65_HS1-834228961_62-HQ-83894_Section_9
Agency: FBI
Page 267
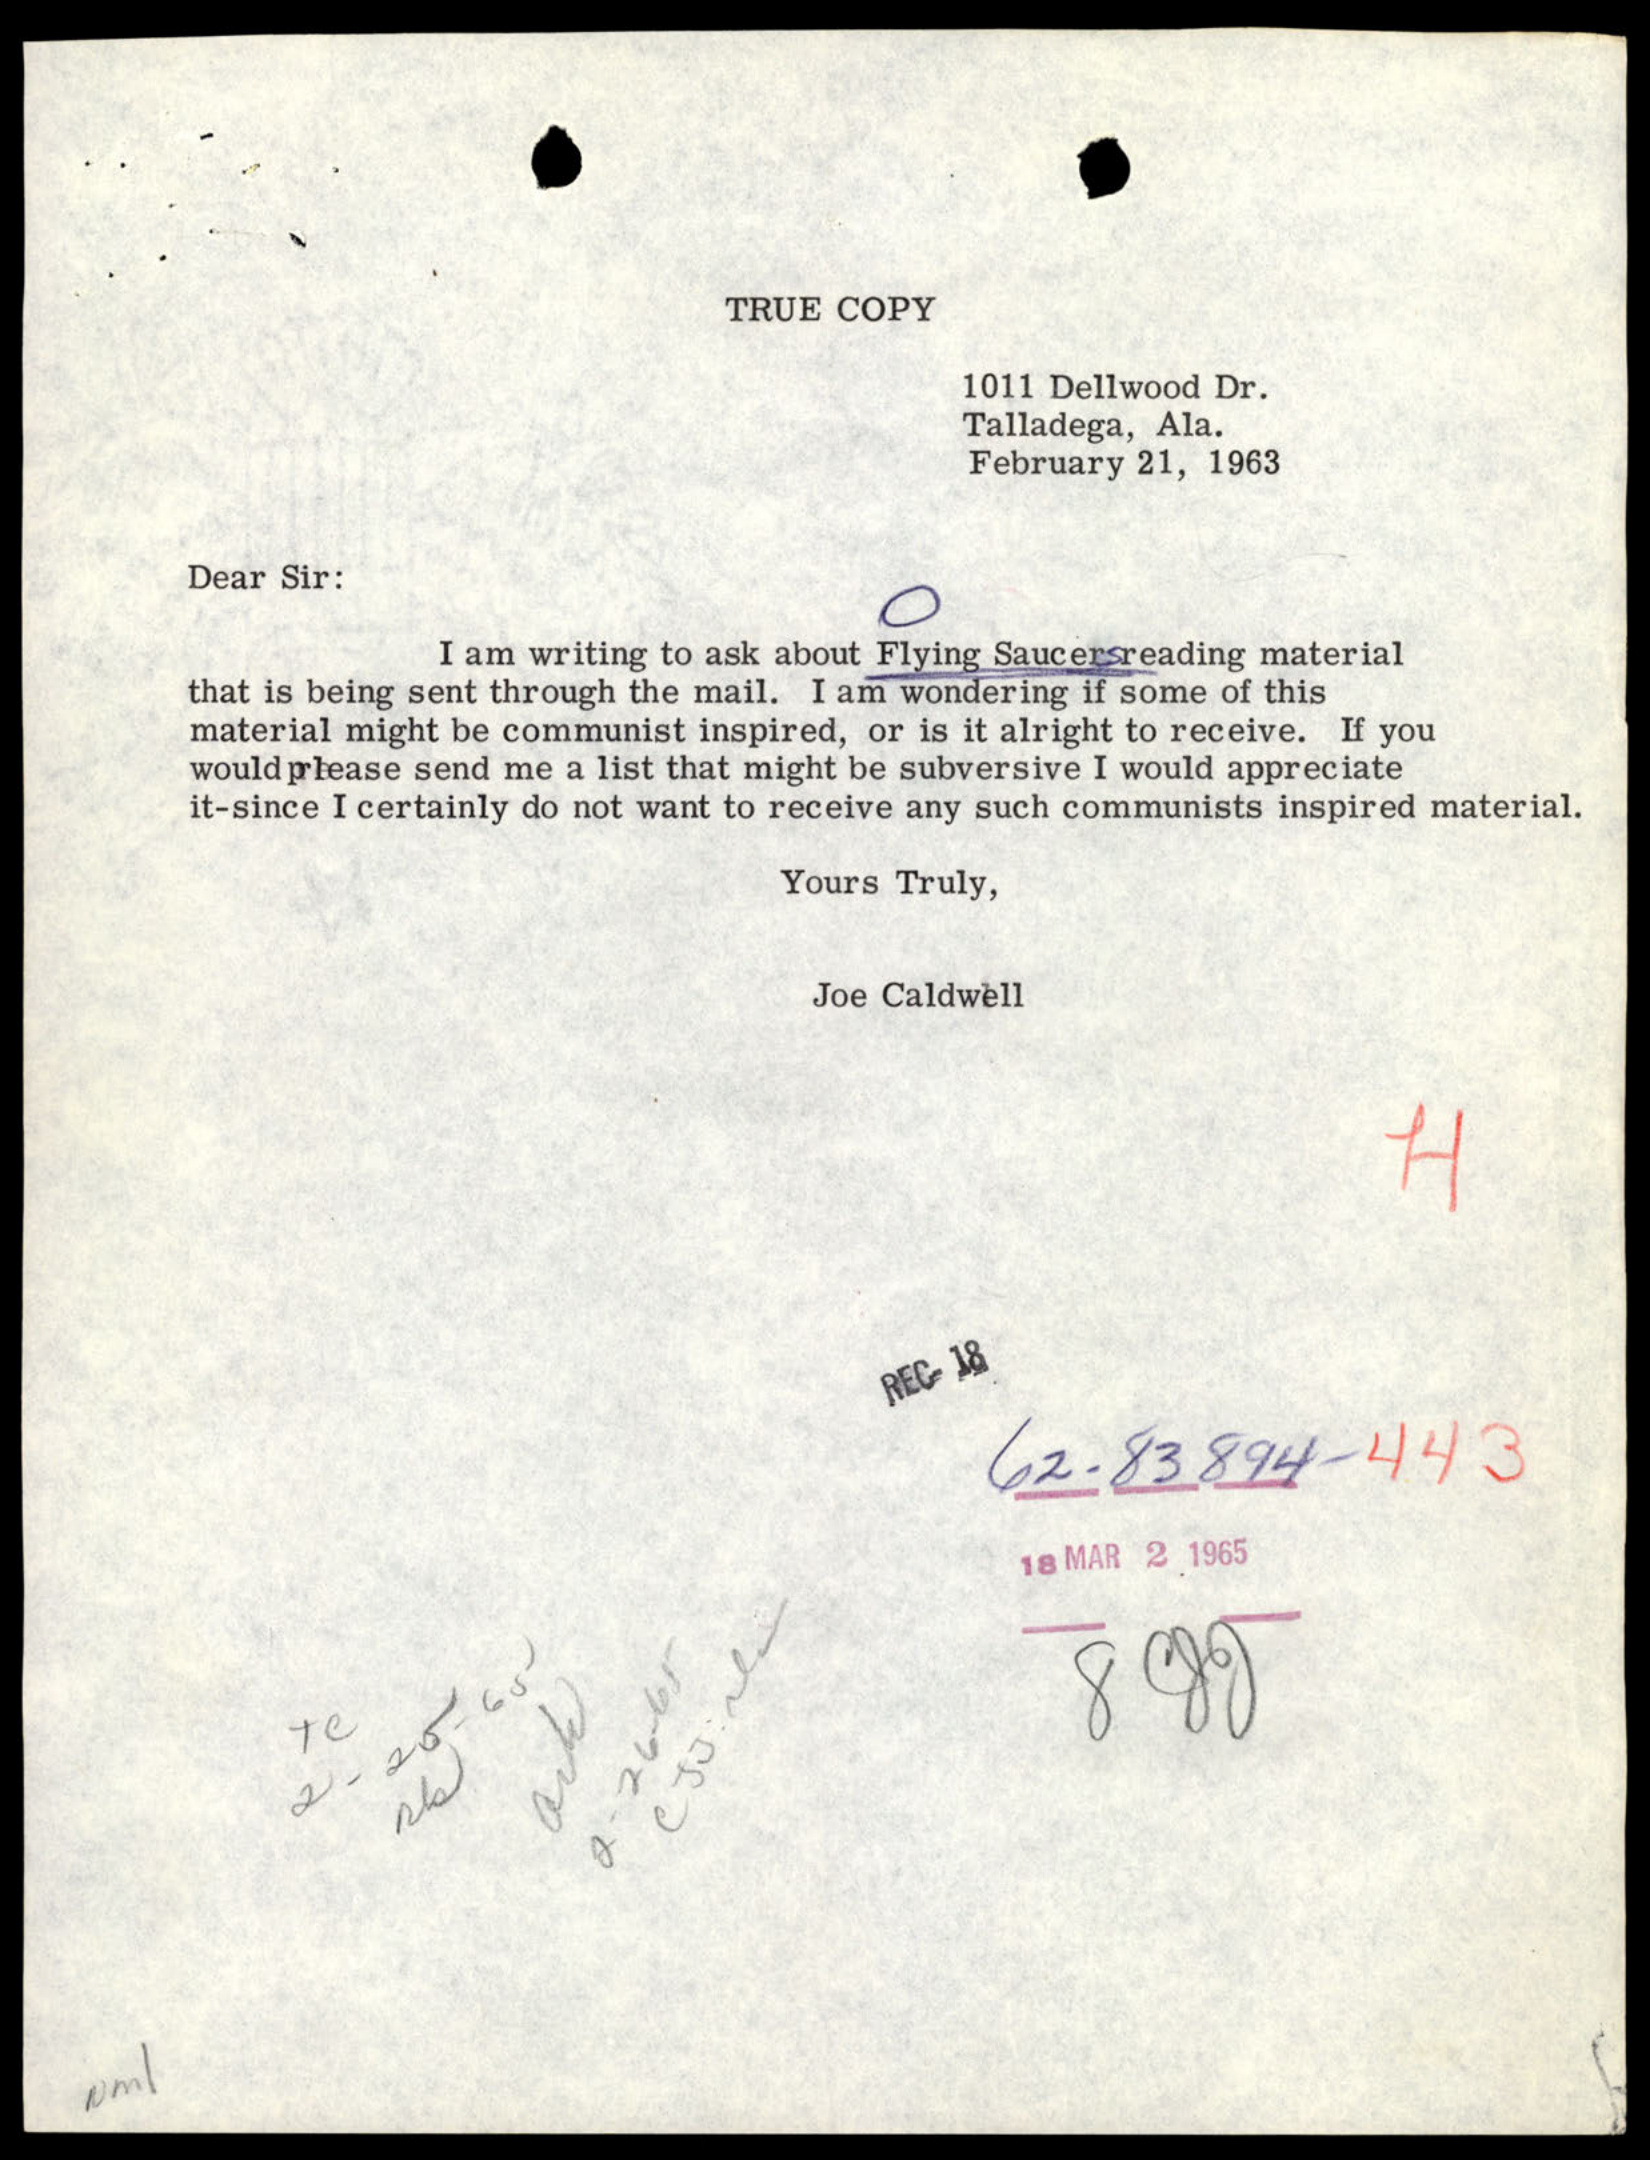